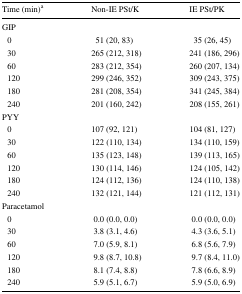
<table><thead><tr><td><b>Time (min)<sup>a</sup></b></td><td><b>Non-IE PSt/K</b></td><td><b>IE PSt/PK</b></td></tr></thead><tbody><tr><td colspan="3">GIP</td></tr><tr><td> 0</td><td>51 (20, 83)</td><td>35 (26, 45)</td></tr><tr><td> 30</td><td>265 (212, 318)</td><td>241 (186, 296)</td></tr><tr><td> 60</td><td>283 (212, 354)</td><td>260 (207, 134)</td></tr><tr><td> 120</td><td>299 (246, 352)</td><td>309 (243, 375)</td></tr><tr><td> 180</td><td>281 (208, 354)</td><td>341 (245, 384)</td></tr><tr><td> 240</td><td>201 (160, 242)</td><td>208 (155, 261)</td></tr><tr><td colspan="3">PYY</td></tr><tr><td> 0</td><td>107 (92, 121)</td><td>104 (81, 127)</td></tr><tr><td> 30</td><td>122 (110, 134)</td><td>134 (110, 159)</td></tr><tr><td> 60</td><td>135 (123, 148)</td><td>139 (113, 165)</td></tr><tr><td> 120</td><td>130 (114, 146)</td><td>124 (105, 142)</td></tr><tr><td> 180</td><td>124 (112, 136)</td><td>124 (110, 138)</td></tr><tr><td> 240</td><td>132 (121, 144)</td><td>121 (112, 131)</td></tr><tr><td colspan="3">Paracetamol</td></tr><tr><td> 0</td><td>0.0 (0.0, 0.0)</td><td>0.0 (0.0, 0.0)</td></tr><tr><td> 30</td><td>3.8 (3.1, 4.6)</td><td>4.3 (3.6, 5.1)</td></tr><tr><td> 60</td><td>7.0 (5.9, 8.1)</td><td>6.8 (5.6, 7.9)</td></tr><tr><td> 120</td><td>9.8 (8.7, 10.8)</td><td>9.7 (8.4, 11.0)</td></tr><tr><td> 180</td><td>8.1 (7.4, 8.8)</td><td>7.8 (6.6, 8.9)</td></tr><tr><td> 240</td><td>5.9 (5.1, 6.7)</td><td>5.9 (5.0, 6.9)</td></tr></tbody></table>